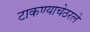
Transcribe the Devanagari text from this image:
टाकण्याचेठरले